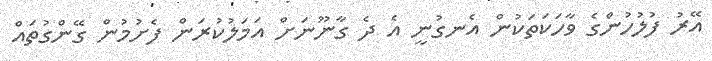
އޭރު ފުލުހުންގެ ވާހަކަތަކުން އެނގުނީ އެ ދެ ގާނޫނަށް އަމަލުކުރަން ފެށުމުން ގޭންގުތައް